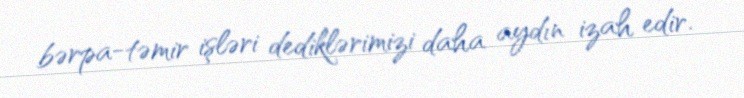
bərpa-təmir işləri dediklərimizi daha aydın izah edir.